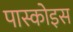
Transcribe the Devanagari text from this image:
पास्कोइस